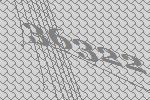
36322